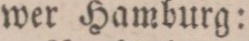
wer Hamburg: